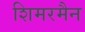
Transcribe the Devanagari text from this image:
शिमरमैन